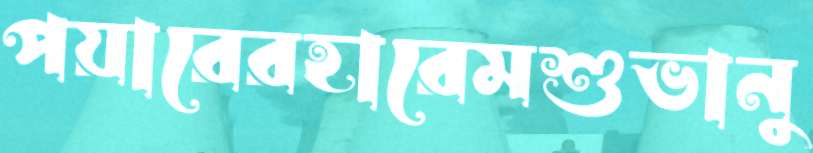
পয়ারেরহারেমশুভানু